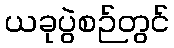
ယခုပွဲစဉ်တွင်